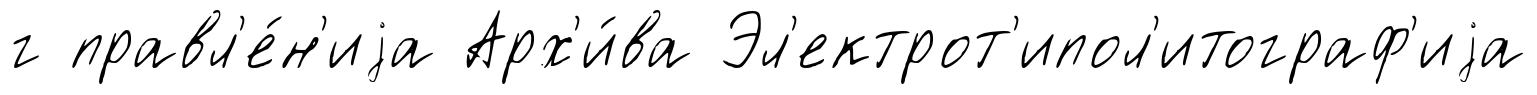
г правл'е́н'иjа Арх'и́ва Эл'ектрот'ипол'итограф'иjа